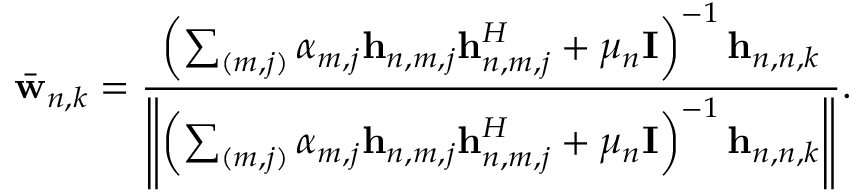
\bar { \mathbf { w } } _ { n , k } = \frac { \left( \sum _ { ( m , j ) } \alpha _ { m , j } \mathbf { h } _ { n , m , j } \mathbf { h } _ { n , m , j } ^ { H } + \mu _ { n } \mathbf { I } \right) ^ { - 1 } \mathbf { h } _ { n , n , k } } { \left\| \left( \sum _ { ( m , j ) } \alpha _ { m , j } \mathbf { h } _ { n , m , j } \mathbf { h } _ { n , m , j } ^ { H } + \mu _ { n } \mathbf { I } \right) ^ { - 1 } \mathbf { h } _ { n , n , k } \right\| } .